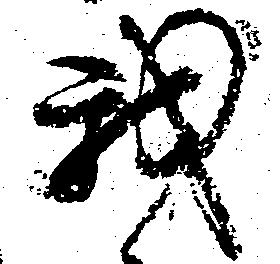
我